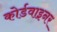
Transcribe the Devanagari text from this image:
कोर्डवाइनर